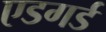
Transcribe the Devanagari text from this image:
एडगर्ड